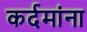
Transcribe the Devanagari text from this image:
कर्दमांना